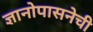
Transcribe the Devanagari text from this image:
ज्ञानोपासनेची